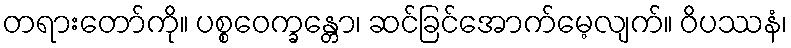
တရားတော်ကို။ ပစ္စဝေက္ခန္တော၊ ဆင်ခြင်အောက်မေ့လျက်။ ဝိပဿနံ၊